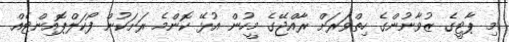
މި ޕާޓީގެ ޒުވާނުންގެ ހިތްވަރަށް ރާއްޖޭގެ މީހުން އުޅޭ ކޮންމެ ރަށަކުން ފޯކަލްޕޮއިންޓެއް